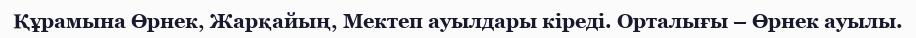
Құрамына Өрнек, Жарқайың, Мектеп ауылдары кіреді. Орталығы – Өрнек ауылы.